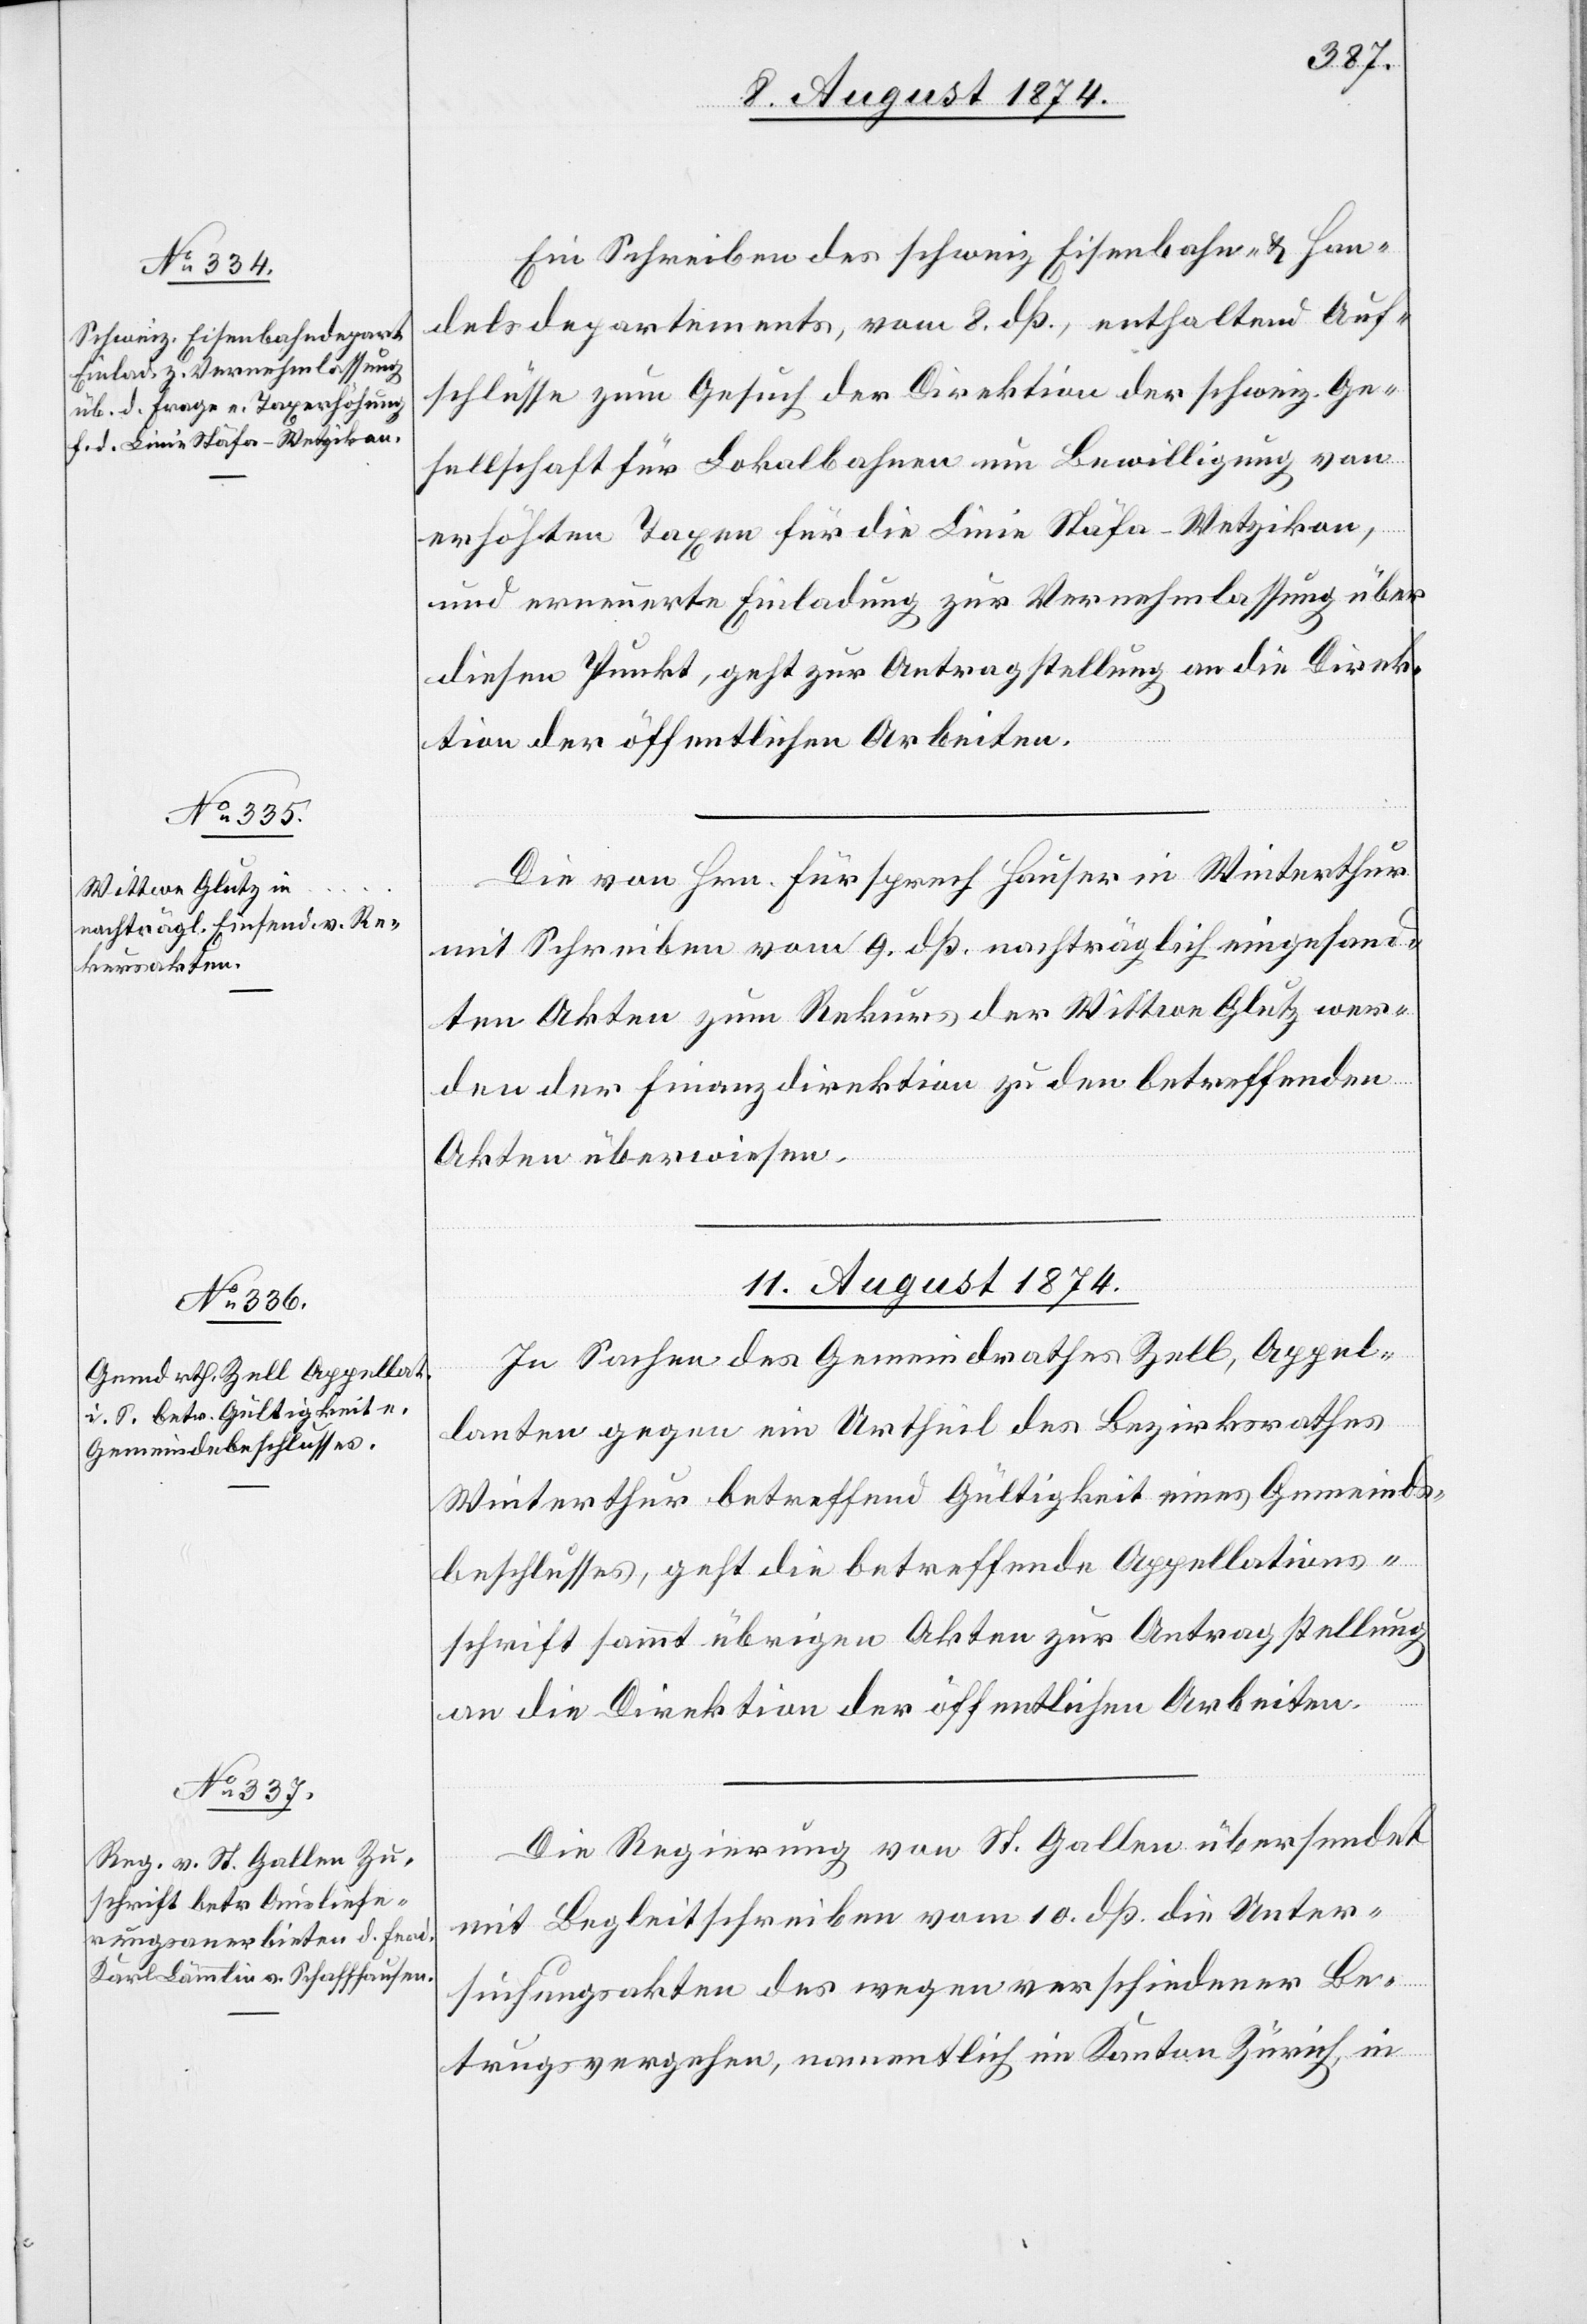
10. August 1874.]
Ein Schreiben des schweiz. Eisenbahn- u. Han¬
delsdepartements, vom 8. dß., enthaltend Auf¬
schlüsse zum Gesuch der Direktion der schweiz. Ge¬
sellschaft für Lokalbahnen um Bewilligung von
erhöhten Taxen für die Linie Stäfa–Wetzikon,
und erneuerte Einladung zur Vernehmlassung über
diesen Punkt, geht zur Antragstellung an die Direk¬
tion der öffentlichen Arbeiten.
Die von Hrn. Fürsprech Hauser in Winterthur
mit Schreiben vom 9. dß. nachträglich eingesand¬
ten Akten zum Rekurs der Wittwe Glutz wer¬
den der Finanzdirektion zu den betreffenden
Akten überwiesen.
11. August 1874.]
In Sachen des Gemeindrathes Zell, Appel¬
lanten gegen ein Urtheil des Bezirksrathes
Winterthur betreffend Gültigkeit eines Gemeinds¬
beschlusses, geht die betreffende Appellations¬
schrift sammt übrigen Akten zur Antragstellung
an die Direktion der öffentlichen Arbeiten.
Die Regierung von St. Gallen übersendet
mit Begleitschreiben vom 10. dß. die Unter¬
suchungsakten des wegen verschiedener Be¬
trugsvergehen, namentlich im Kanton Zürich, in